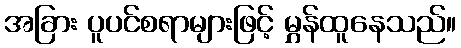
အခြား ပူပင်စရာများဖြင့် မွှန်ထူနေသည်။